Civil Veterinary Department. Madras. Admin. report 1926-33 - 1926-1933
Year: 1926
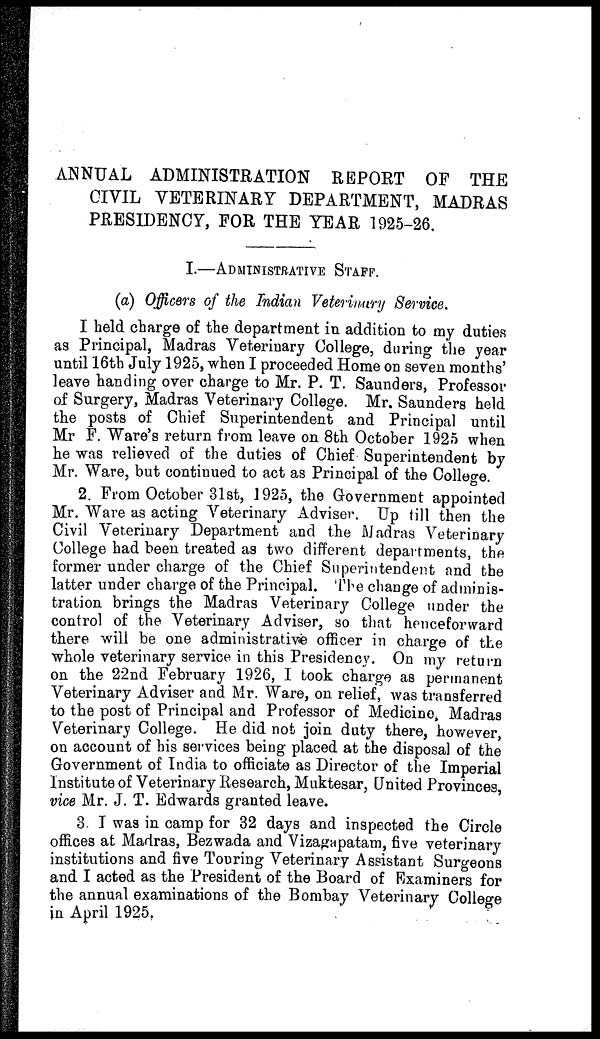
ANNUAL ADMINISTRATION REPORT OF THE
CIVIL VETERINARY DEPARTMENT, MADRAS
PRESIDENCY, FOR THE YEAR 1925-26.
I.—ADMINISTRATIVE STAFF.
(a) Officers of the Indian Veterinary Service.
I held charge of the department in addition to my duties
as Principal, Madras Veterinary College, during the year
until 16th July 1925, when I proceeded Home on seven months'
leave handing over charge to Mr. P. T. Saunders, Professor
of Surgery, Madras Veterinary College. Mr. Saunders held
the posts of Chief Superintendent and Principal until
Mr F. Ware's return from leave on 8th October 1925 when
he was relieved of the duties of Chief Superintendent by
Mr. Ware, but continued to act as Principal of the College.
2. From October 31st, 1925, the Government appointed
Mr. Ware as acting Veterinary Adviser. Up fill then the
Civil Veterinary Department and the Madras Veterinary
College had been treated as two different departments, the
former under charge of the Chief Superintendent and the
latter under charge of the Principal. The change of adminis-
tration brings the Madras Veterinary College under the
control of the Veterinary Adviser, so that henceforward
there will be one administrative officer in charge of the
whole veterinary service in this Presidency. On my return
on the 22nd February 1926, I took charge as permanent
Veterinary Adviser and Mr. Ware, on relief, was transferred
to the post of Principal and Professor of Medicine, Madras
Veterinary College. He did not join duty there, however,
on account of his services being placed at the disposal of the
Government of India to officiate as Director of the Imperial
Institute of Veterinary Research, Muktesar, United Provinces
vice Mr. J. T. Edwards granted leave.
3. I was in camp for 32 days and inspected the Circle
offices at Madras, Bezwada and Vizagapatam, five veterinary
institutions and five Touring Veterinary Assistant Surgeons
and I acted as the President of the Board of Examiners for
the annual examinations of the Bombay Veterinary College
in April 1925.